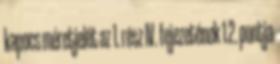
kapocs méretjelét az 1. rész IV. fejezetének 1.2. pontja